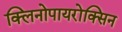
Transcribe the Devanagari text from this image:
क्लिनोपायरोक्सिन